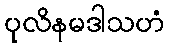
ပုလိနမဒါသဟံ